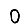
Digit: 0